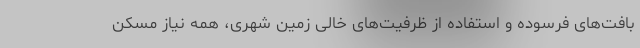
بافت‌های فرسوده و استفاده از ظرفیت‌های خالی زمین شهری، همه نیاز مسکن